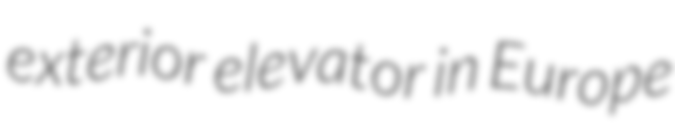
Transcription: exterior elevator in Europe